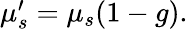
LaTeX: \begin{array}{r}{\mu_{s}^{\prime}=\mu_{s}(1-g).}\end{array}